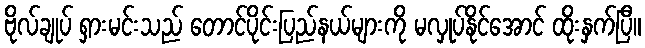
ဗိုလ်ချုပ် ရှားမင်းသည် တောင်ပိုင်းပြည်နယ်များကို မလှုပ်နိုင်အောင် ထိုးနှက်ပြီ။